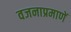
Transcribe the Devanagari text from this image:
वजनाप्रमाणें